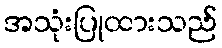
အသုံးပြုထားသည်